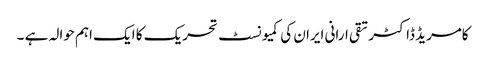
کامریڈ ڈاکٹر تقی ارانی ایران کی کمیونسٹ تحریک کا ایک اہم حوالہ ہے ۔